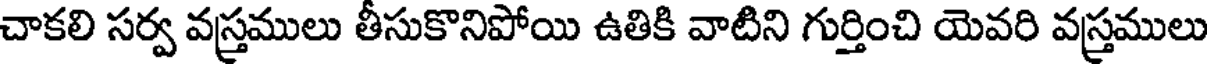
చాకలి సర్వ వస్త్రములు తీసుకొనిపోయి ఉతికి వాటిని గుర్తించి యెవరి వస్త్రములు